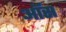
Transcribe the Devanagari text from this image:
ऑस